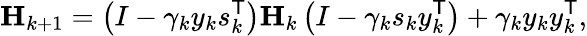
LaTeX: \mathbf{H}_{k+1}=\left(I-\gamma_{k}y_{k}s_{k}^{\mathsf{T}}\right)\mathbf{H}_{k}\left(I-\gamma_{k}s_{k}y_{k}^{\mathsf{T}}\right)+\gamma_{k}y_{k}y_{k}^{\mathsf{T}},